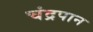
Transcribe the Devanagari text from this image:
चंद्रपान